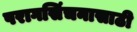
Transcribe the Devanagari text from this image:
परागसिंचनासाठी